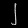
Digit: ၂